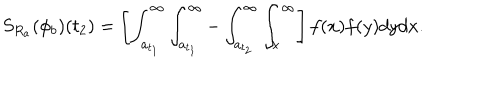
LaTeX: S _ { R _ { a } } ( \phi _ { b } ) ( t _ { 2 } ) = \left[ \int _ { a _ { t _ { 1 } } } ^ { \infty } \int _ { a _ { t _ { 1 } } } ^ { \infty } - \int _ { a _ { t _ { 2 } } } ^ { \infty } \int _ { x } ^ { \infty } \right] f ( x ) f ( y ) d y d x .